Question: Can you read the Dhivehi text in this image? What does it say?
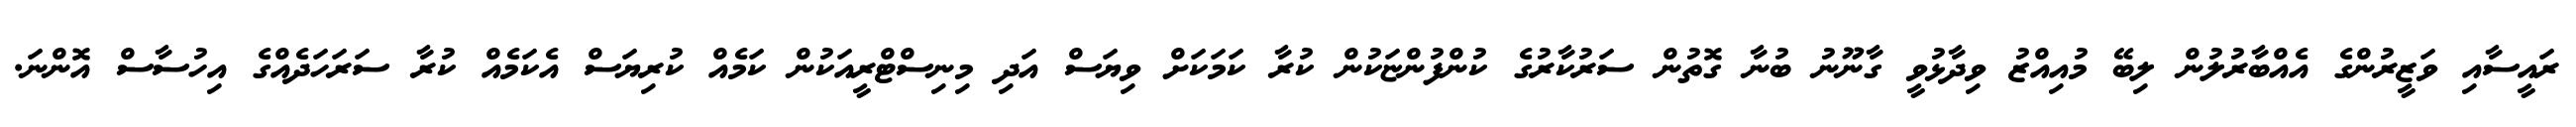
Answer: ރައީސާއި ވަޒީރުންގެ އެއްބާރުލުން ލިބޭ މުއިއްޒު ވިދާޅުވީ ގާނޫނު ބުނާ ގޮތުން ސަރުކާރުގެ ކުންފުންޏަކުން ކުރާ ކަމަކަށް ވިޔަސް އަދި މިނިސްޓްރީއަކުން ކަމެއް ކުރިޔަސް އެކަމެއް ކުރާ ސަރަހަދެއްގެ އިހުސާސް އޮންނަ.